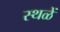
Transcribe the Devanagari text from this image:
स्थळें